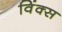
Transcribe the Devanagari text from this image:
विंक्स